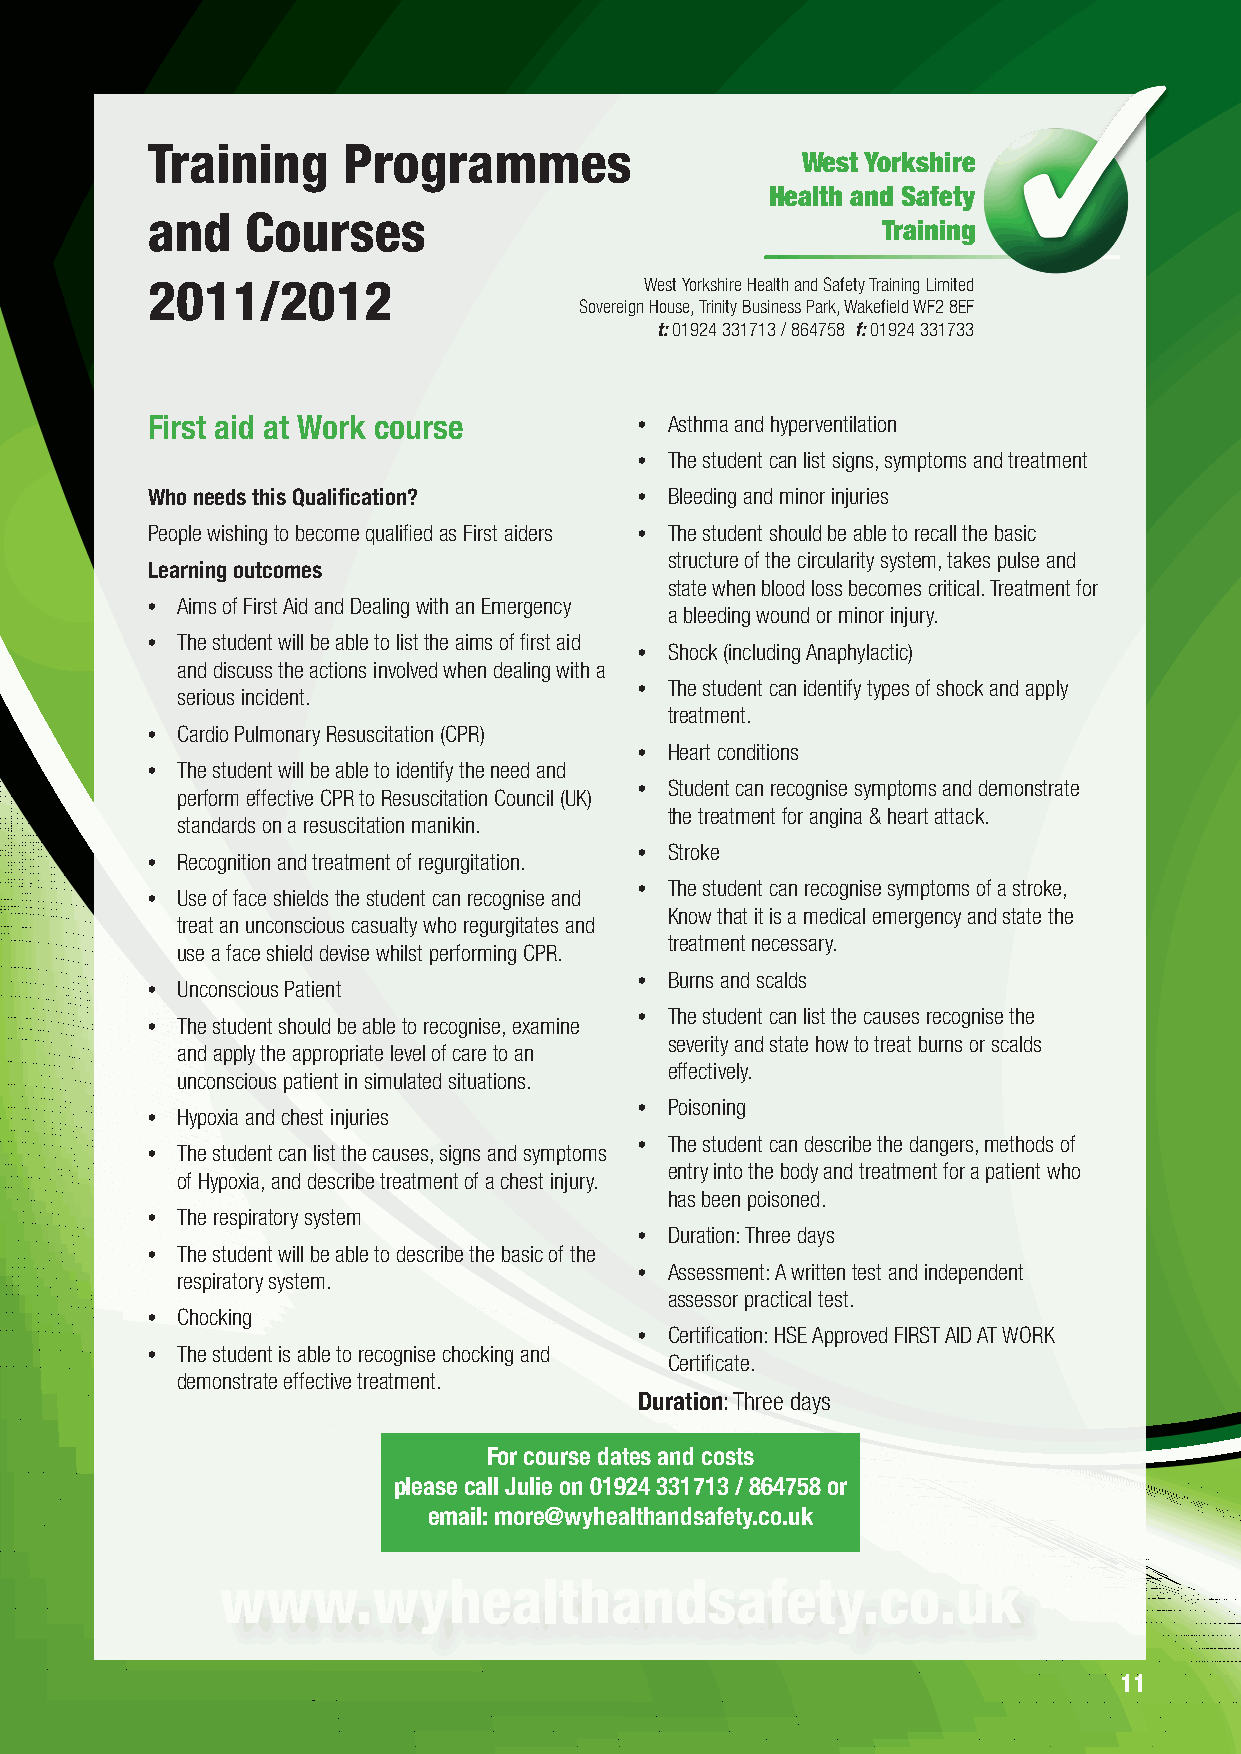
Training     Programmes
 West Yorkshire
 Health and Safety
 and   Courses
 Training
 2011/2012                        West Yorkshire Health and Safety Training Limited
 Sovereign House, Trinity Business Park, Wakefield WF2 8EF
 t: 01924 331713 / 864758 f: 01924 331733
 First aid at Work course        • Asthma and hyperventilation
 • The student can list signs, symptoms and treatment
 Who needs this Qualification?   • Bleeding and minor injuries
 People wishing to become qualified as First aiders • The student should be able to recall the basic
 structure of the circularity system, takes pulse and
 Learning outcomes
 state when blood loss becomes critical. Treatment for
 • Aims of First Aid and Dealing with an Emergency a bleeding wound or minor injury.
 • The student will be able to list the aims of first aid • Shock (including Anaphylactic)
 and discuss the actions involved when dealing with a
 serious incident.             • The student can identify types of shock and apply
 treatment.
 • Cardio Pulmonary Resuscitation (CPR)
 • Heart conditions
 • The student will be able to identify the need and
 perform effective CPR to Resuscitation Council (UK) • Student can recognise symptoms and demonstrate
 the treatment for angina & heart attack.
 standards on a resuscitation manikin.
 • Recognition and treatment of regurgitation. • Stroke
 • Use of face shields the student can recognise and • The student can recognise symptoms of a stroke,
 Know that it is a medical emergency and state the
 treat an unconscious casualty who regurgitates and
 treatment necessary.
 use a face shield devise whilst performing CPR.
 • Unconscious Patient           • Burns and scalds
 • The student should be able to recognise, examine • The student can list the causes recognise the
 severity and state how to treat burns or scalds
 and apply the appropriate level of care to an
 effectively.
 unconscious patient in simulated situations.
 • Hypoxia and chest injuries    • Poisoning
 • The student can list the causes, signs and symptoms • The student can describe the dangers, methods of
 entry into the body and treatment for a patient who
 of Hypoxia, and describe treatment of a chest injury.
 has been poisoned.
 • The respiratory system
 • Duration: Three days
 • The student will be able to describe the basic of the
 respiratory system.           • Assessment: A written test and independent
 assessor practical test.
 • Chocking
 • Certification: HSE Approved FIRST AID AT WORK
 • The student is able to recognise chocking and Certificate.
 demonstrate effective treatment.
 Duration: Three days
 For course dates and costs
 please call Julie on 01924 331713 / 864758 or
 email: more@wyhealthandsafety.co.uk
 www.wyhealthandsafety.co.uk
 11